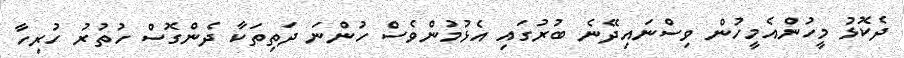
ދެކޮޅު މީހުންއެމީހުން ވިސްނައިދޭނެ ބުރުގައި އެޅުމުންވެސް ހުންނަ ދަތިތަކާ ދެންގޮސް ހުތުރު ހުރިހާ